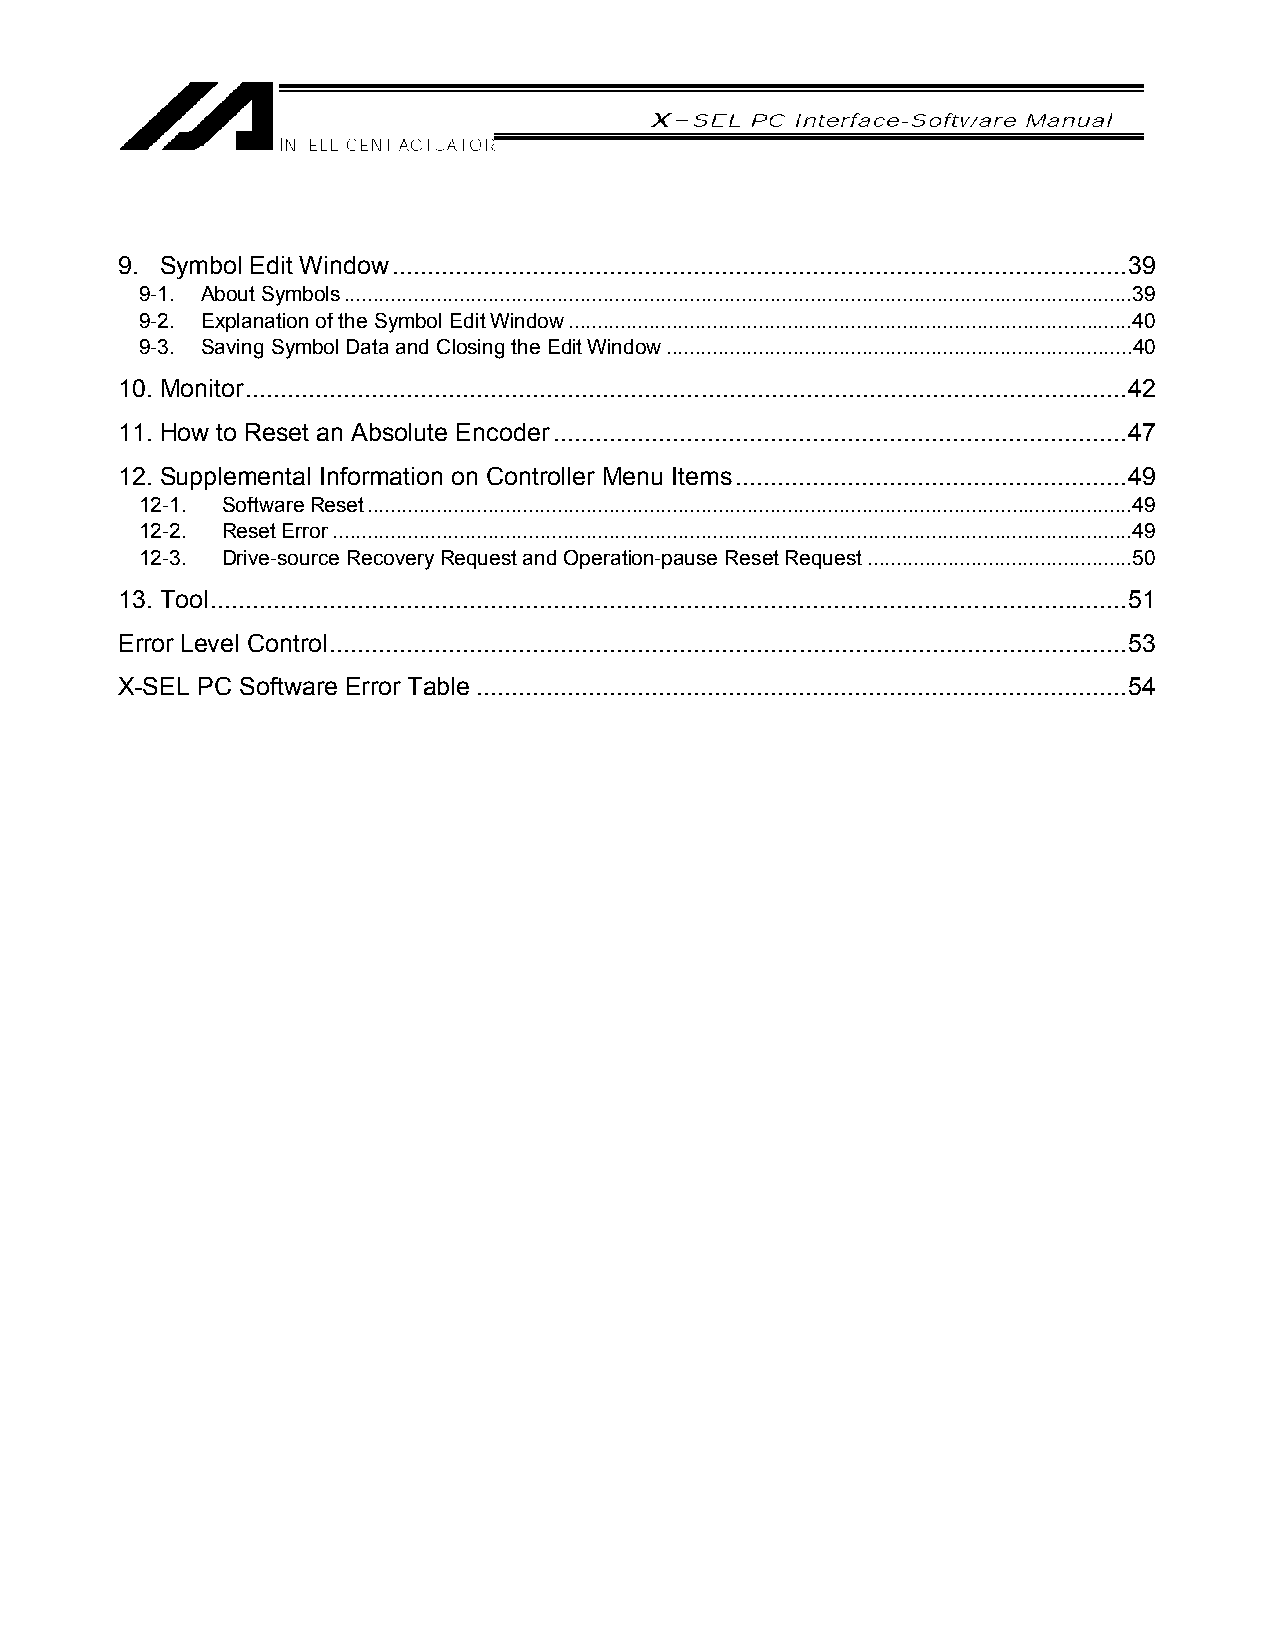
9. Symbol Edit Window.........................................................................................................39
 9-1. About Symbols.........................................................................................................................................39
 9-2. Explanation of the Symbol Edit Window..................................................................................................40
 9-3. Saving Symbol Data and Closing the Edit Window.................................................................................40
 10. Monitor..............................................................................................................................42
 11. How to Reset an Absolute Encoder..................................................................................47
 12. Supplemental Information on Controller Menu Items........................................................49
 12-1. Software Reset.....................................................................................................................................49
 12-2. Reset Error...........................................................................................................................................49
 12-3. Drive-source Recovery Request and Operation-pause Reset Request..............................................50
 13. Tool...................................................................................................................................51
 Error Level Control..................................................................................................................53
 X-SEL PC Software Error Table .............................................................................................54